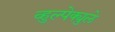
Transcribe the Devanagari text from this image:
व्हुल्पेक्युले